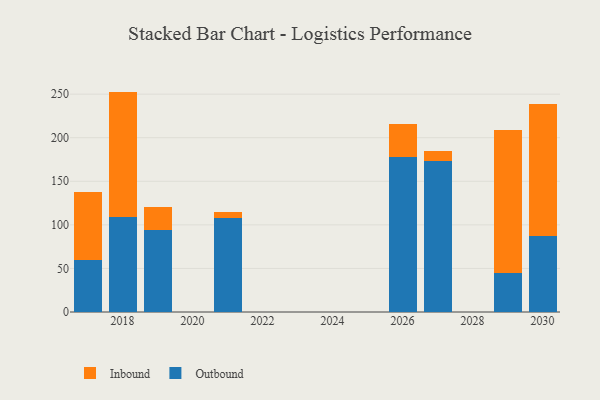
{"axis": {"x": "Year", "y": "Conversion Rate (%)"}, "legend": ["Inbound", "Outbound"], "data": [{"x": "2019", "y": 93.9, "type": "Outbound"}, {"x": "2019", "y": 26.3, "type": "Inbound"}, {"x": "2018", "y": 109.0, "type": "Outbound"}, {"x": "2018", "y": 143.9, "type": "Inbound"}, {"x": "2029", "y": 44.2, "type": "Outbound"}, {"x": "2029", "y": 164.7, "type": "Inbound"}, {"x": "2021", "y": 108.0, "type": "Outbound"}, {"x": "2021", "y": 6.8, "type": "Inbound"}, {"x": "2030", "y": 87.2, "type": "Outbound"}, {"x": "2030", "y": 151.5, "type": "Inbound"}, {"x": "2027", "y": 172.7, "type": "Outbound"}, {"x": "2027", "y": 11.8, "type": "Inbound"}, {"x": "2017", "y": 59.1, "type": "Outbound"}, {"x": "2017", "y": 78.6, "type": "Inbound"}, {"x": "2026", "y": 177.9, "type": "Outbound"}, {"x": "2026", "y": 37.8, "type": "Inbound"}]}